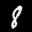
Label: 8